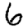
Digit: 6